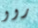
روو